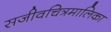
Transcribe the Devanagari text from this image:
सजीवचित्रमालिका